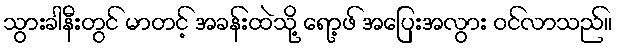
သွားခါနီးတွင် မာတင့် အခန်းထဲသို့ ရော့ဖ် အပြေးအလွား ဝင်လာသည်။